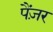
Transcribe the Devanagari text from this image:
पैंज़र